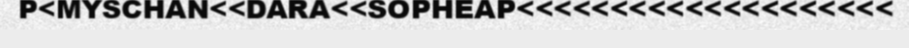
P<MYSCHAN<<DARA<<SOPHEAP<<<<<<<<<<<<<<<<<<<<